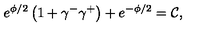
e ^ { \phi / 2 } \left( 1 + \gamma ^ { - } \gamma ^ { + } \right) + e ^ { - \phi / 2 } = \mathcal { C } ,